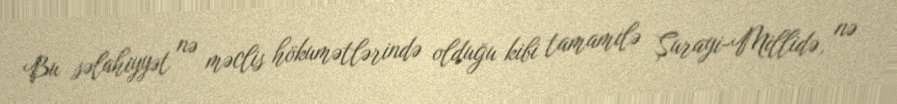
Bu səlahiyyət nə məclis hökumətlərində olduğu kibi tamamilə Şurayi-Millidə, nə